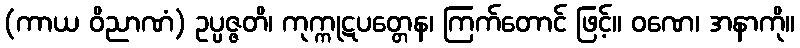
(ကာယ ဝိညာဏံ) ဥပ္ပဇ္ဇတိ၊ ကုက္ကုဋပတ္တေန၊ ကြက်တောင် ဖြင့်။ ဝဏေ၊ အနာကို။